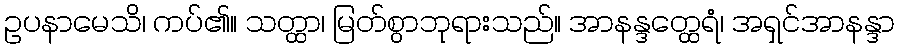
ဥပနာမေသိ၊ ကပ်၏။ သတ္ထာ၊ မြတ်စွာဘုရားသည်။ အာနန္ဒတ္ထေရံ၊ အရှင်အာနန္ဒာ